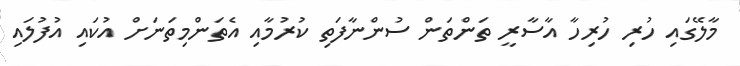
މާލޭގައި ހުރި ހުރިހާ އާސާރީ ތަންތަން ސުންނާފަތި ކުރުމާއި އެތަންމިތަނަށް އުކައި އުފުލައި